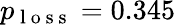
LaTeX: p_{\mathrm{~l~o~s~s~}}=0.345